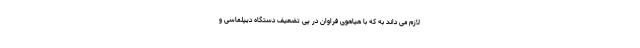
لازم‌ می داند به که با هیاهوی فراوان در پی تضعیف دستگاه دیپلماسی و